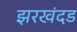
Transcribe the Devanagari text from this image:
झरखंदड